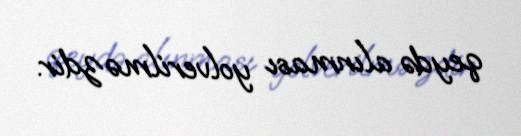
qeydə alınması yolverilməzdir.